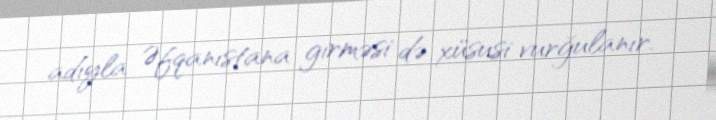
adıyla Əfqanıstana girməsi də xüsusi vurğulanır.